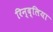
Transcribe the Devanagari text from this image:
रिन्द्लिया